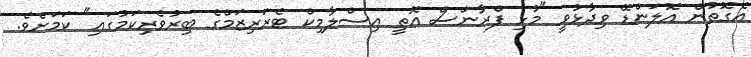
އެގޮތުން އޮލަންޑޭ ވިދާޅުވީީ "މުޅި ފްރާންސް އޮތީ އިސްލާމިކް ޓެރަރިޒަމްގެ ބިރުވެރިކަމުގައި" ކަމަށެވެ.